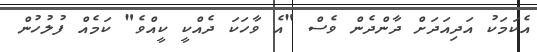
އެކަމަކު އަދިއަދަށް ދާންދެން ވެސް "އެ ވާހަކަ ދެއްކީ ކީއްވެ" ކަމެއް ފުލުހުން